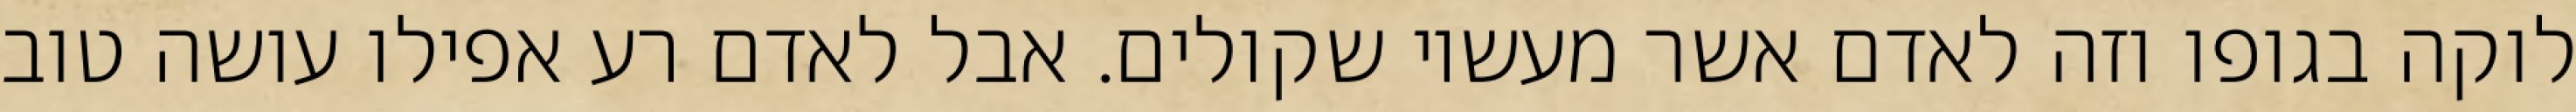
לוקה בגופו וזה לאדם אשר מעשיו שקולים. אבל לאדם רע אפילו עושה טוב